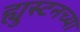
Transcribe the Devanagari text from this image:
ह्युस्टनच्या